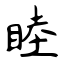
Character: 睦